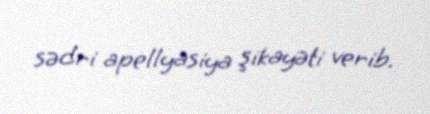
sədri apellyasiya şikayəti verib.